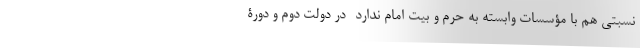
نسبتی هم با مؤسسات وابسته به حرم و بیت امام ندارد- در دولت دوم و دورۀ